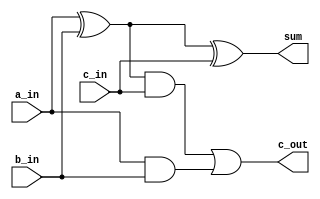
module full_adder_samp(
    input a_in,
    input b_in,
    input c_in,
    output sum,
    output c_out
    );
    wire w1,w2,w3;
    
    assign sum = a_in^b_in^c_in;
    assign c_out = ((a_in^b_in)&c_in)|(a_in&b_in);
    
    
endmodule